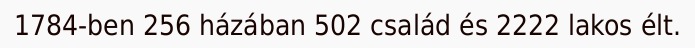
1784-ben 256 házában 502 család és 2222 lakos élt.